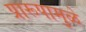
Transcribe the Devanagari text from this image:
प्रारूपामुळे